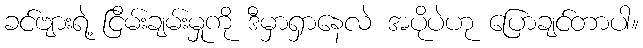
ခင်ဗျားရဲ့ ငြိမ်းချမ်းမှုကို ဒီမှာရှာနေလဲ အပိုပဲဟု ပြောချင်တာပါ။